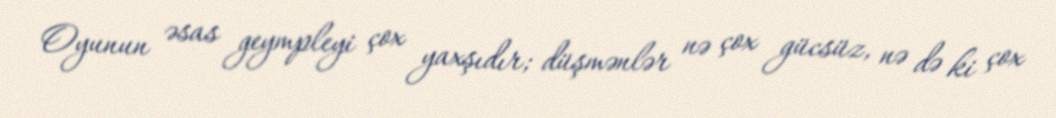
Oyunun əsas geympleyi çox yaxşıdır; düşmənlər nə çox gücsüz, nə də ki çox